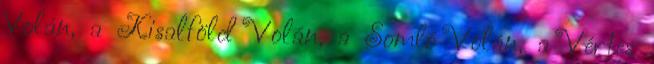
Volán, a Kisalföld Volán, a Somló Volán, a Vértes